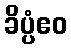
ခိပ္ပံဧဝ